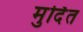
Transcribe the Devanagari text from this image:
मुर्दित